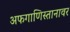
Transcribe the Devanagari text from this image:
अफगाणिस्तानावर